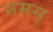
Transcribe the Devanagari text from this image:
नमस्